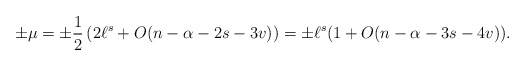
\begin{align*}\pm \mu = \pm \frac{1}{2} \left( 2\ell^s + O(n-\alpha-2s-3v) \right) = \pm \ell^s(1+O(n-\alpha-3s-4v)).\end{align*}